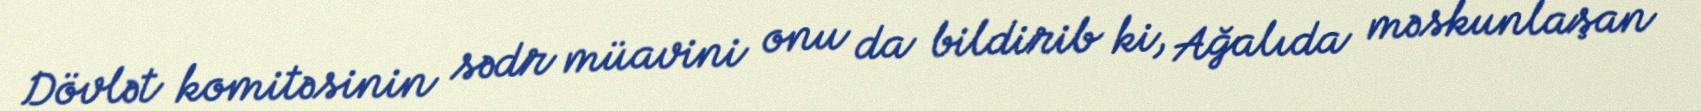
Dövlət komitəsinin sədr müavini onu da bildirib ki, Ağalıda məskunlaşan